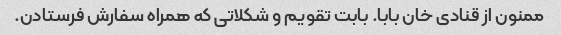
ممنون از قنادی خان بابا. بابت تقویم و شکلاتی که همراه سفارش فرستادن.